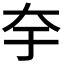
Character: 𭑃